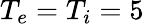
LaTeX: T_{e}=T_{i}=5